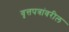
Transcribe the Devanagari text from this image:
वृत्तपत्रांवरील